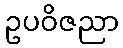
ဥပဝိဇညာ